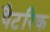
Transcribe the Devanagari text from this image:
पैटरिक